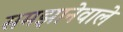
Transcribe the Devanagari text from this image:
समझानेवाले